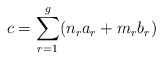
\begin{align*}c=\sum_{r=1}^{g}(n_ra_r+m_rb_r)\end{align*}